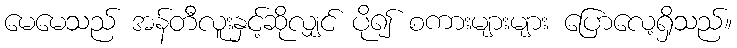
မေမေသည် အန်တီလူးနှင့်ဆိုလျှင် ပို၍ စကားများများ ပြောလေ့ရှိသည်။